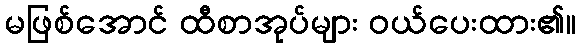
မဖြစ်အောင် ထီစာအုပ်များ ဝယ်ပေးထား၏။